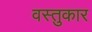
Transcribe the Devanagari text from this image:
वस्तुकार